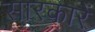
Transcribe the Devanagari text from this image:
सारकारें